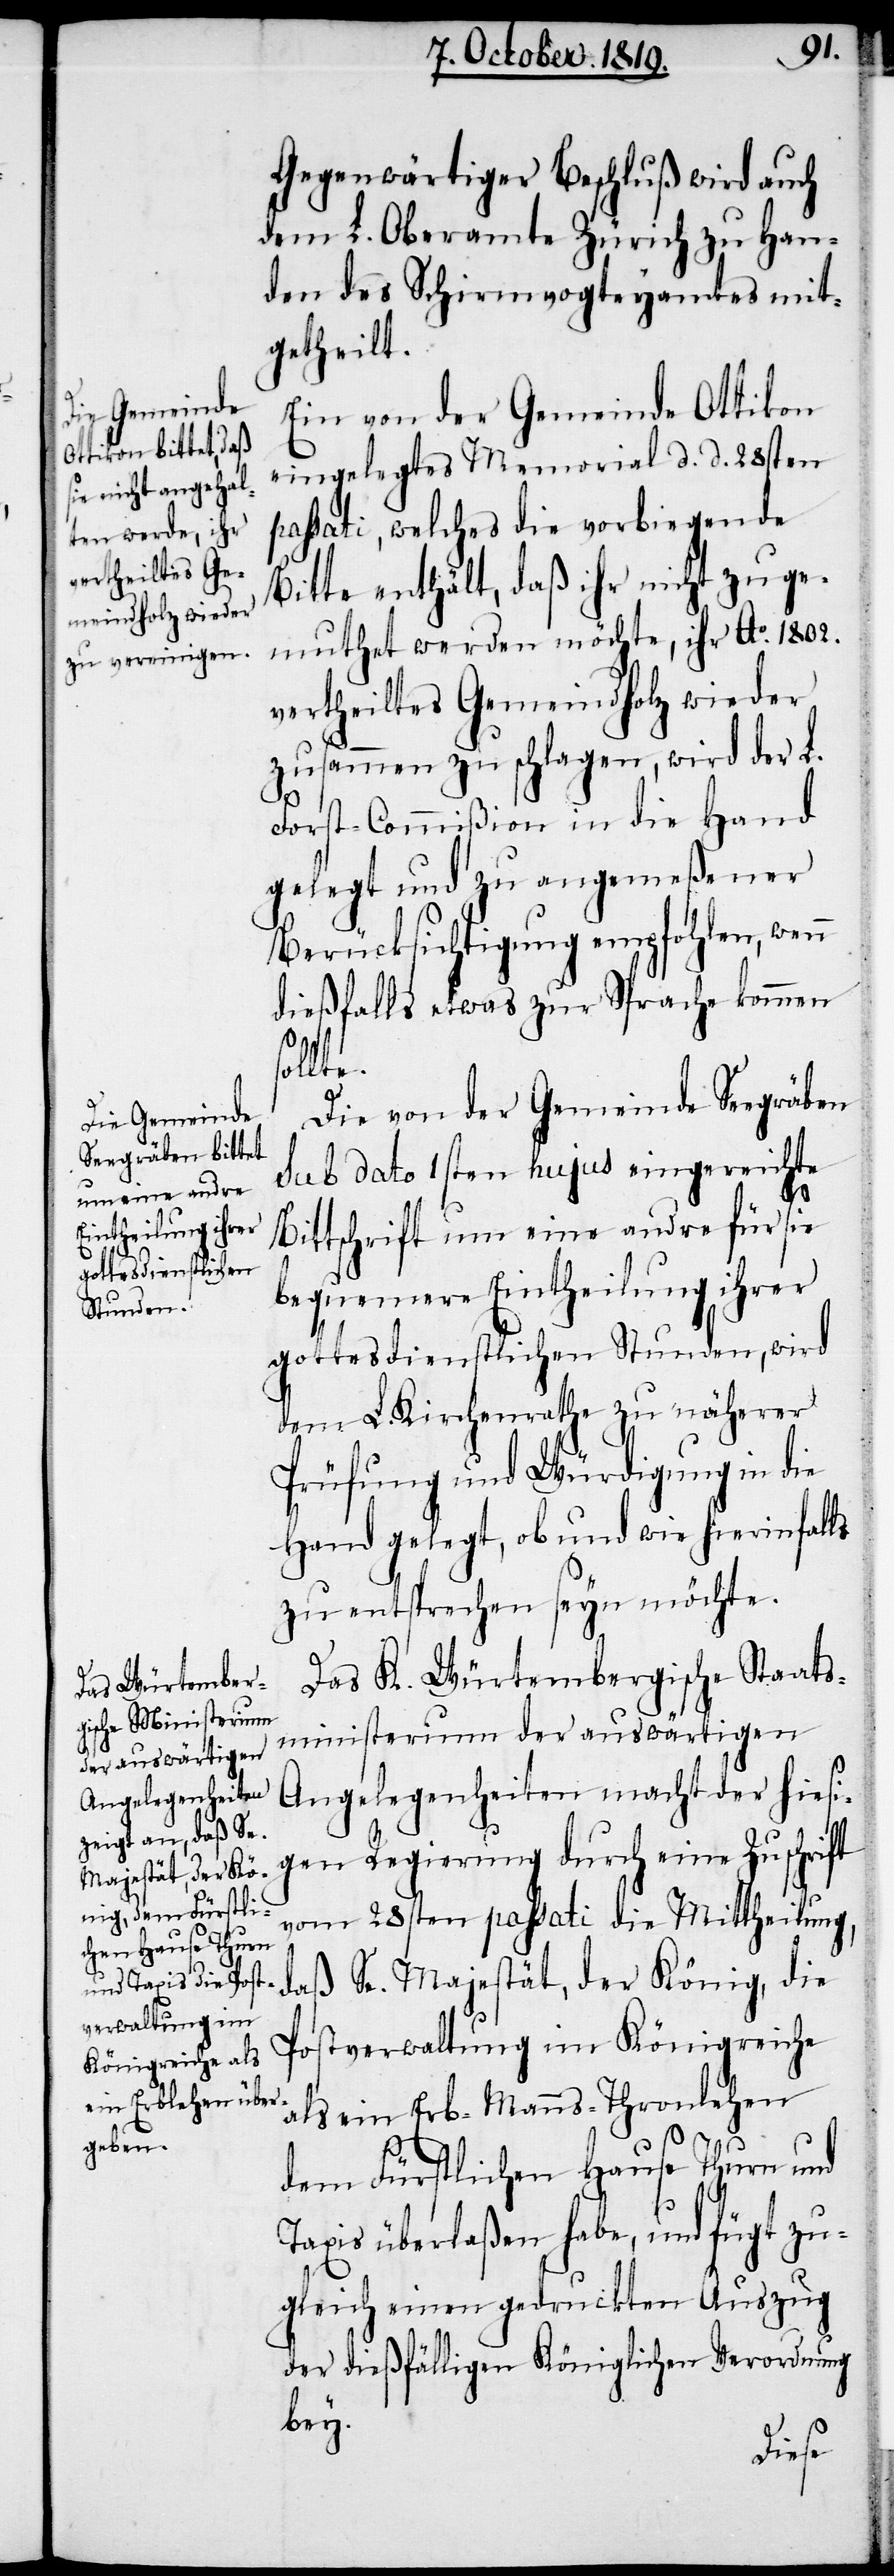
Gegenwärtiger Beschluß wird auch
dem L. Oberamte Zürich zu Han¬
den des Schirmvogteyamtes mit¬
getheilt.
Ein von der Gemeinde Ottikon
eingelegtes Memorial d. d. 28sten
passati, welches die vorbiegende
Bitte enthält, daß ihr nicht zuge¬
muthet werden möchte, ihr Ao. 1802.
vertheiltes Gemeindholz wieder
zusammen zu schlagen, wird der L.
Forst-Commißion in die Hand
gelegt und zu angemeßener
Berücksichtigung empfohlen, wenn
dießfalls etwas zur Sprache kommen
ollte.
Die von der Gemeinde Seegräben
sub dato 1sten hujus eingereichte
s¬
Bittschrift um eine andre für sie
bequemere Eintheilung ihrer
gottesdienstlichen Stunden, wird
dem L. Kirchenrathe zu näherer
Prüfung und Würdigung in die
Hand gelegt, ob und wie hierinfalls
zu entsprechen seyn möchte.
Das K. Würtembergische Staats¬
ministerium der auswärtigen
Angelegenheiten macht der hiesi¬
gen Regierung durch eine Zuschrift
vom 28sten passati die Mittheilung,
daß Se. Majestät, der König, die
Postverwaltung im Königreiche
als ein Erb- Manns- Thronlehen
dem Fürstlichen Hause Thurn und
Taxis überlaßen habe, und fügt zu¬
gleich einen gedruckten Auszug
der dießfälligen königlichen Verordnung
bey.